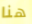
هنا